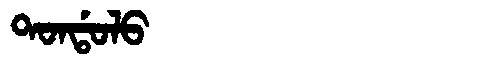
Manchu: ᡨᠣᠨᡩᠣᠯᠣ
Romanization: TONDOLO